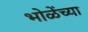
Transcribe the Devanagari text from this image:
भोळेंच्या